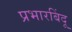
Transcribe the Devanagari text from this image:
प्रभारबिंदू